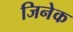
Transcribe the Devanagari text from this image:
जिनेक